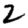
Digit: 2